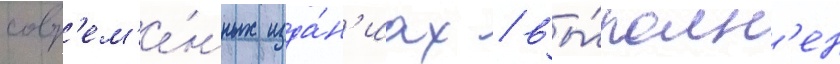
совр'ем'е́нных изда́н'иах / вы́полн'ен